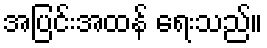
အပြင်းအထန် ရေးသည်။